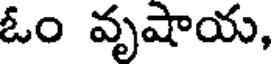
ఓం వృషాయ,